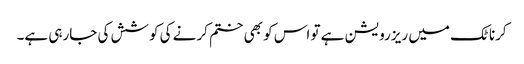
کرناٹک میں ریزرویشن ہے تو اس کو بھی ختم کرنے کی کوشش کی جارہی ہے۔